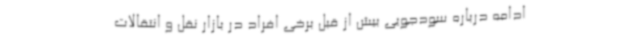
ادامه درباره سودجویی بیش از قبل برخی افراد در بازار نقل و انتقالات